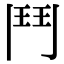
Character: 鬥